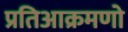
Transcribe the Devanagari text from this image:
प्रतिआक्रमणो